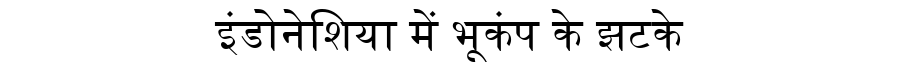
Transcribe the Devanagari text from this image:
इंडोनेशिया में भूकंप के झटके